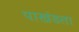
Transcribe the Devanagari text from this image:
पाखंडता